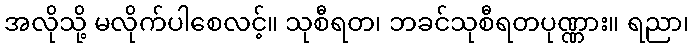
အလိုသို့ မလိုက်ပါစေလင့်။ သုစီရတ၊ ဘခင်သုစီရတပုဏ္ဏား။ ရညာ၊